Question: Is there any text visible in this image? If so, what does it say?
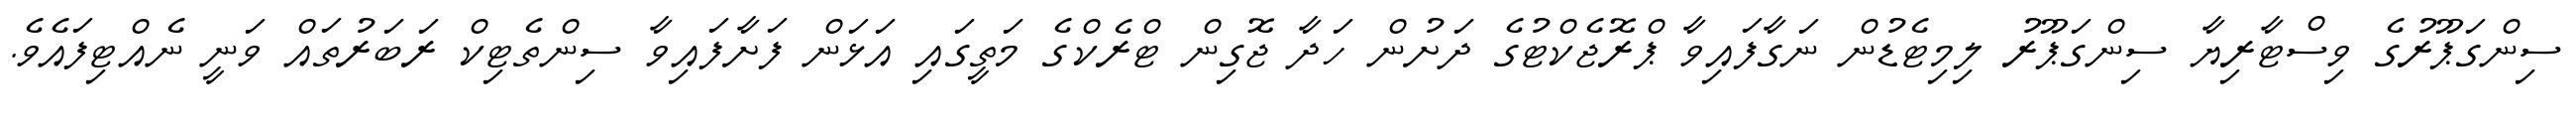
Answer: ސިންގަޕޫރުގެ ވިސްޓާރިޔާ ސިންގަޕޫރު ލިމިޓެޑުން ނަގާފައިވާ ޕްރޮޖެކްޓުގެ ދަށުން ހަދާ ޖޮގިން ޓްރެކްގެ މަތީގައި އަޅަން ފަށާފައިވާ ސިންތެޓިކް ރަބަރުތައް ވަނީ ނެއްޓިފައެވެ.